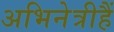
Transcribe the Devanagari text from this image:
अभिनेत्रीहैं